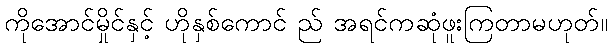
ကိုအောင်မှိုင်နှင့် ဟိုနှစ်ကောင် ည် အရင်ကဆုံဖူးကြတာမဟုတ်။